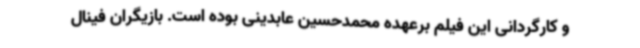
و کارگردانی این فیلم برعهده محمدحسین عابدینی بوده است. بازیگران فینال